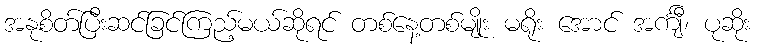
အနုစိတ်ပြီးဆင်ခြင်ကြည့်မယ်ဆိုရင် တစ်နေ့တစ်မျိုး မရိုး အောင် အင်္ကျီ၊ ပုဆိုး